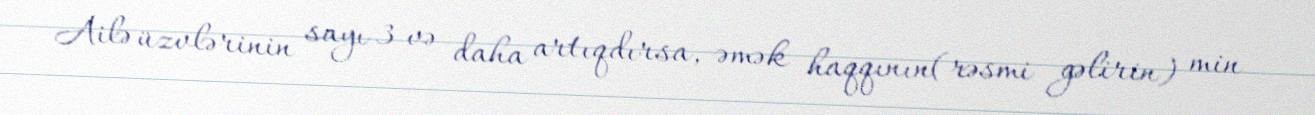
Ailə üzvlərinin sayı 3 və daha artıqdırsa, əmək haqqının(rəsmi gəlirin) min